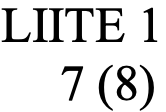
LIITE 1 7 (8)